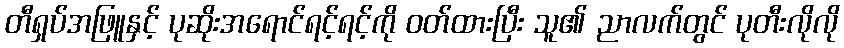
တီရှပ်အဖြူနှင့် ပုဆိုးအရောင်ရင့်ရင့်ကို ဝတ်ထားပြီး သူ၏ ညာလက်တွင် ပုတီးလိုလို